Indian journal of veterinary science and animal husbandry - Volumes 24-25, 1954-1955
Year: 1954
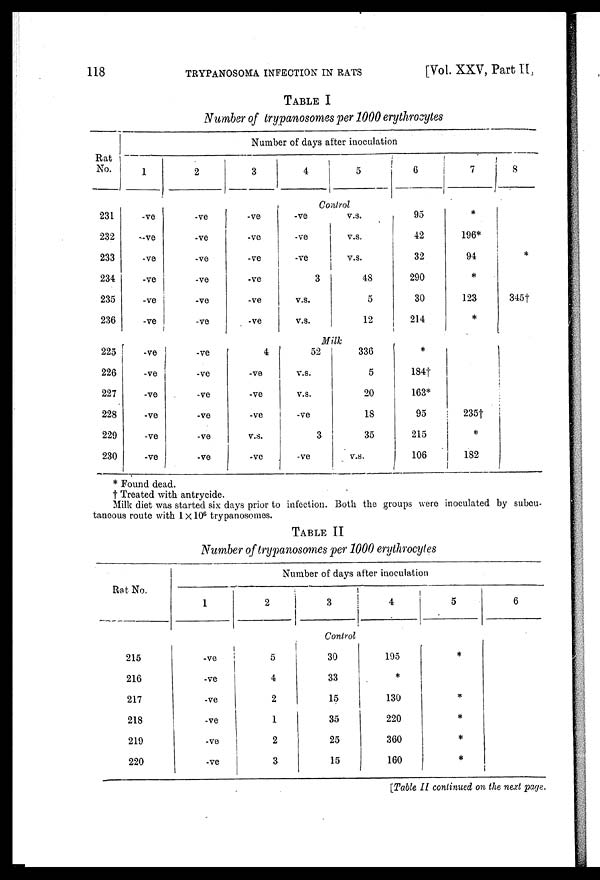
118
TRYPANOSOMA INFECTION IN RATS
[Vol. XXV, Part II,
TABLE I
Number of trypanosomes per 1000 erythrocytes
Number of days after inoculation
Rat
No.
231
232
233
234
235
236
225
226
227
228
229
230
1
-ve
-ve
-ve
-ve
-ve
-ve
-ve
-ve
-ve
-ve
-ve
-ve
2
-ve
-ve
-ve
-ve
-ve
-ve
-ve
-ve
-ve
-ve
-ve
-ve
3
-ve
-ve
-ve
-ve
-ve
-ve
4
-ve
-ve
-ve
v.s.
-ve
4
5
Control
-ve
-ve
-ve
3
v.s.
v.s.
v.s.
v.s.
v.s.
48
5
12
Milk
52
v.s.
v.s.
-ve
3
-ve
336
5
20
18
35
v.s.
6
95
42
32
290
30
214
*
184†
163*
95
215
106
7
*
196*
94
*
123
*
235†
*
182
8
*
345†
* Found dead.
† Treated with antrycide.
Milk diet was started six days prior to infection. Both the groups were inoculated by subcu-
taneous route with 1 x 10 6 trypanosomes.
TABLE II
Number of trypanosomes per 1000 erythrocytes
Rat No.
215
216
217
218
219
220
Number of days after inoculation
1
-ve
-ve
-ve
-ve
-ve
-ve
2
5
4
2
1
2
3
3
Control
30
33
15
35
25
15
4
195
*
130
220
360
160
5
*
*
*
*
*
6
[Table II continued on the next page.